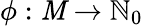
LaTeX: \phi:\mathit{M}\to\mathbb{{N}}_{0}